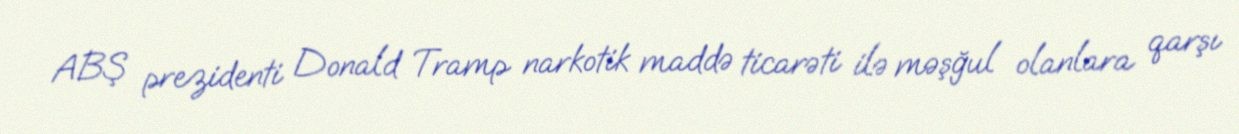
ABŞ prezidenti Donald Tramp narkotik maddə ticarəti ilə məşğul olanlara qarşı